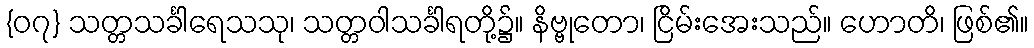
{၀၇} သတ္တသင်္ခါရေသသု၊ သတ္တဝါသင်္ခါရတို့၌။ နိဗ္ဗုတော၊ ငြိမ်းအေးသည်။ ဟောတိ၊ ဖြစ်၏။